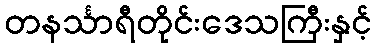
တနင်္သာရီတိုင်းဒေသကြီးနှင့်